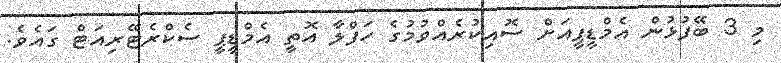
މި 3 ބޭފުޅުން އެމްޑީޕީއަށް ސޮއިކުރެއްވުމުގެ ހަފްލާ އޮތީ އެމްޑީޕީ ސެކްރެޓޭރިއަޓް ގައެވެ.